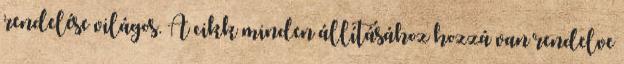
rendelése világos. A cikk minden állításához hozzá van rendelve